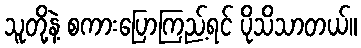
သူတို့နဲ့ စကားပြောကြည့်ရင် ပိုသိသာတယ်။